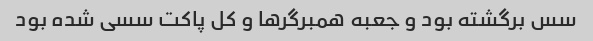
سس برگشته بود و جعبه همبرگرها و کل پاکت سسی شده بود